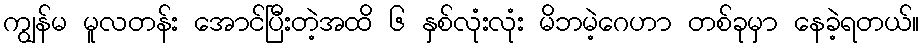
ကျွန်မ မူလတန်း အောင်ပြီးတဲ့အထိ ၆ နှစ်လုံးလုံး မိဘမဲ့ဂေဟာ တစ်ခုမှာ နေခဲ့ရတယ်။